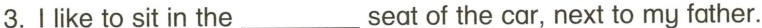
3.I like to sit in the___ seat of the car, next to my father.